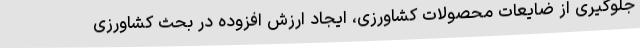
جلوگیری از ضایعات محصولات کشاورزی، ایجاد ارزش افزوده در بحث کشاورزی